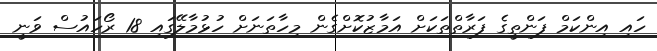
ހައި އިންކަމް ފަންތީގެ ފަރާތްތަކަށް އަމާޒުކޮށްގެން މިހާތަނަށް ހުޅުމާލޭގައި 18 ރޯހައުސް ވަނީ